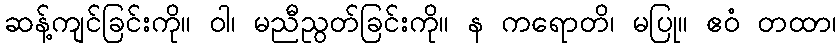
ဆန့်ကျင်ခြင်းကို။ ဝါ၊ မညီညွတ်ခြင်းကို။ န ကရောတိ၊ မပြု။ ဧဝံ တထာ၊